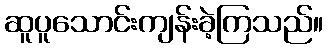
ဆူပူသောင်းကျန်းခဲ့ကြသည်။